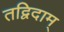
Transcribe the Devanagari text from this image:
तद्विदाम्